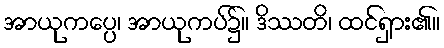
အာယုကပ္ပေ၊ အာယုကပ်၌။ ဒိဿတိ၊ ထင်ရှား၏။